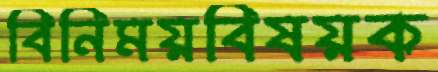
বিনিময়বিষয়ক